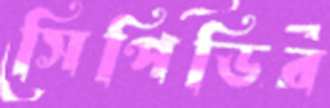
সিপিডির